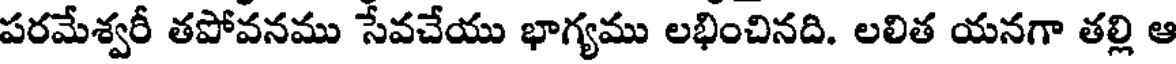
పరమేశ్వరీ తపోవనము సేవచేయు భాగ్యము లభించినది. లలిత యనగా తల్లి ఆ